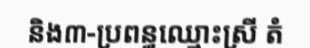
និង៣-ប្រពន្ធឈ្មោះស្រី តំ